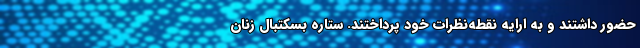
حضور داشتند و به ارایه نقطه‌نظرات خود پرداختند. ستاره بسکتبال زنان